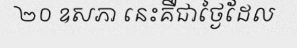
២០ ឧសភា នេះគឺជាថ្ងៃដែល